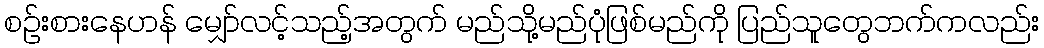
စဉ်းစားနေဟန် မျှော်လင့်သည့်အတွက် မည်သို့မည်ပုံဖြစ်မည်ကို ပြည်သူတွေဘက်ကလည်း